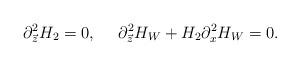
LaTeX: \begin{align*}\partial^{2}_{\vec{z}}H_{2}=0,\ \ \ \ \partial^{2}_{\vec{z}}H_{W}+H_{2}\partial^{2}_xH_{W}=0.\end{align*}